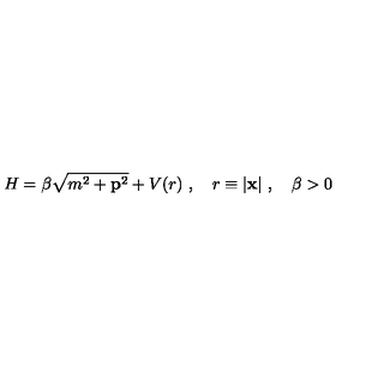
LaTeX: H = \beta \sqrt { m ^ { 2 } + { \bf p } ^ { 2 } } + V ( r ) \ , \quad r \equiv | { \bf x } | \ , \quad \beta > 0 \,